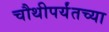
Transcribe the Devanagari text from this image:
चौथीपर्यंतच्या